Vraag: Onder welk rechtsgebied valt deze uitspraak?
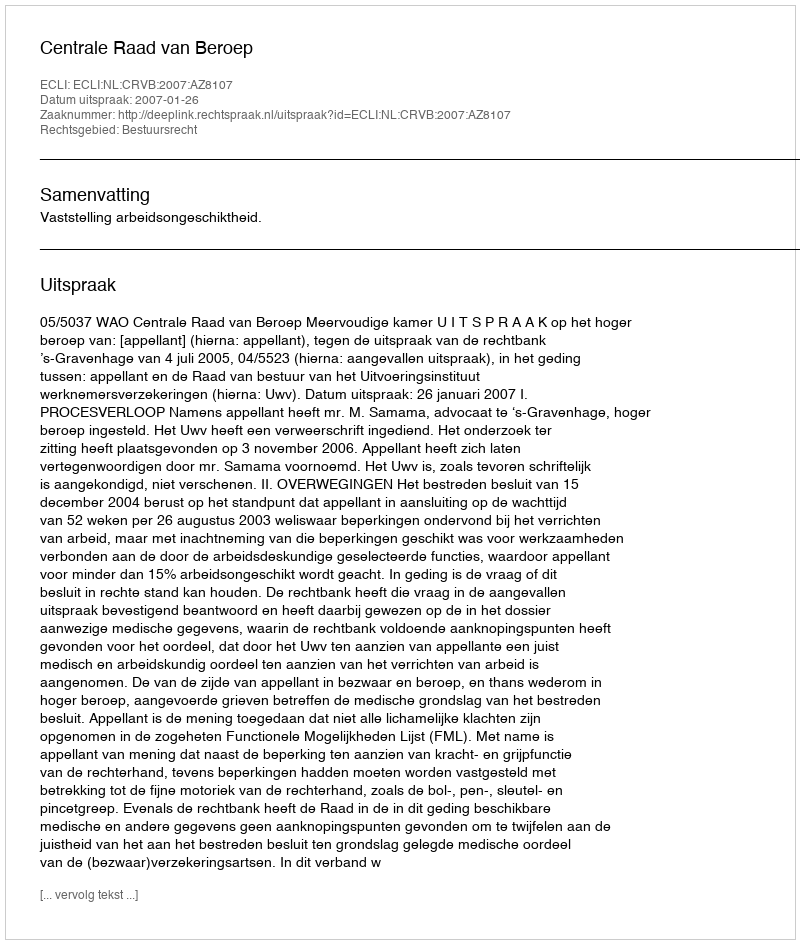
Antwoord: Bestuursrecht